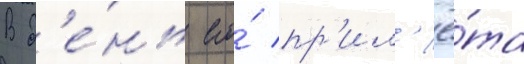
В д'е́нь его́ пр'ил'ё́та